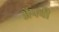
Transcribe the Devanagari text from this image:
ॲपची